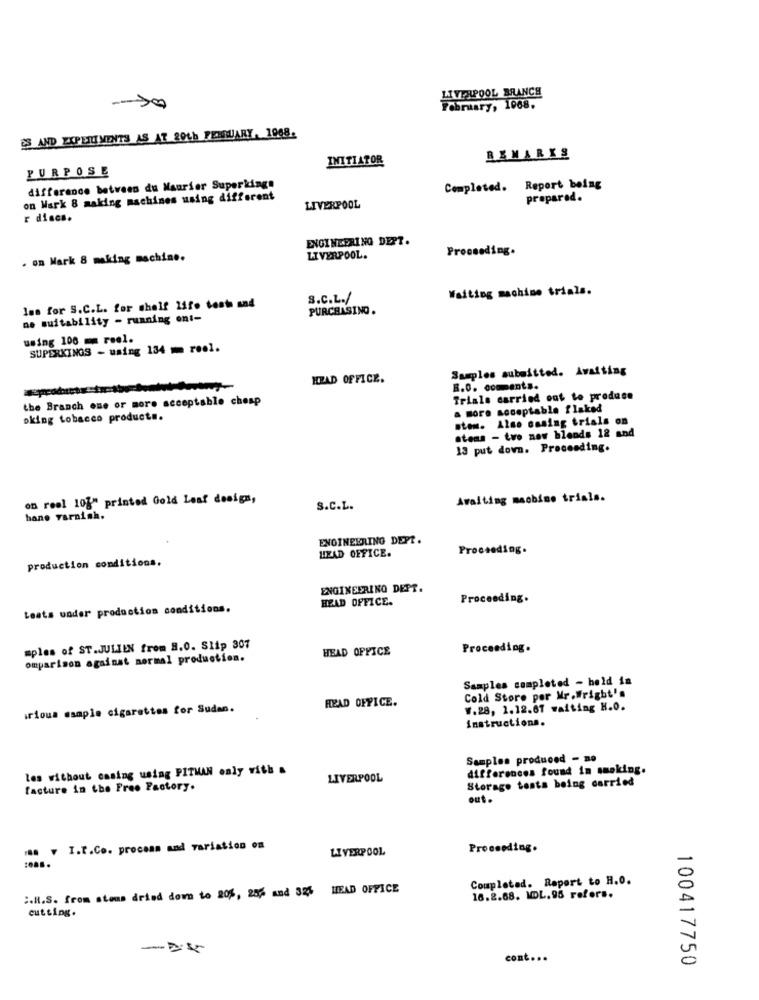
LIVERPOOL BRANCH
February, 1968.
ES AND EXPERIMENTS AS AT 20th FEBRUARY, 1968.
INITIATOR
REMARKS
PURPOSE
difference between du Maurier Superkings
Completed.
Report being
on Wark 8 making machines using different
prepared.
LIVERPOOL
r discs.
ENGINEERING DEPT.
Proceeding.
. on Mark 8 making machine.
LIVERPOOL.
Waiting machine trials.
S.c.L./
les for S.C.L. for shelf life tests and
PURCHASING.
ne suitability - running ont-
using 100 mm reel.
SUPERKINGS - using 134 m reol.
Samples submitted. Awaiting
HEAD OFFICE.
B.O. comments.
the Branch one or more acceptable cheap
Trials carried out to produce
a more acceptable flaked
oking tobacco products.
stem. Also casing trials on
atoms - two new blends 12 and
13 put down. Proceeding.
on reel 10%" printed Gold Leaf design,
Awaiting machine trials.
S.C.L.
hane varnish.
ENGINEERING DEPT.
HEAD OFFICE.
Proceeding.
production conditions.
ENGINEERING DEPT.
HEAD OFFICE.
Proceeding.
Leats under production conditions.
mples of ST.JULIEN from 8.0. Slip 307
HEAD OFFICE
Proceeding.
omparison against normal production.
Samples completed - held in
Cold Store por Mr.Wright's
HEAD OFFICE.
rious sample cigarettes for Sudan.
W.28, 1.12.61 waiting H.O.
instructions.
Samples produced - no
les without casing using PITMAN only with .
differences found in smoking.
LIVERPOOL
Storage tests being carried
facture in the Free Factory.
out.
.. . I.T.Co. process and variation on
LIVERPOOL
Proceeding.
Completed. Raport to H.O.
:. R.S. from stems dried down to 20%, 255 and 326 HEAD OFFICE
16.2.68. MDL. 95 refors.
cutting.
-2.5
cont ...
100417750